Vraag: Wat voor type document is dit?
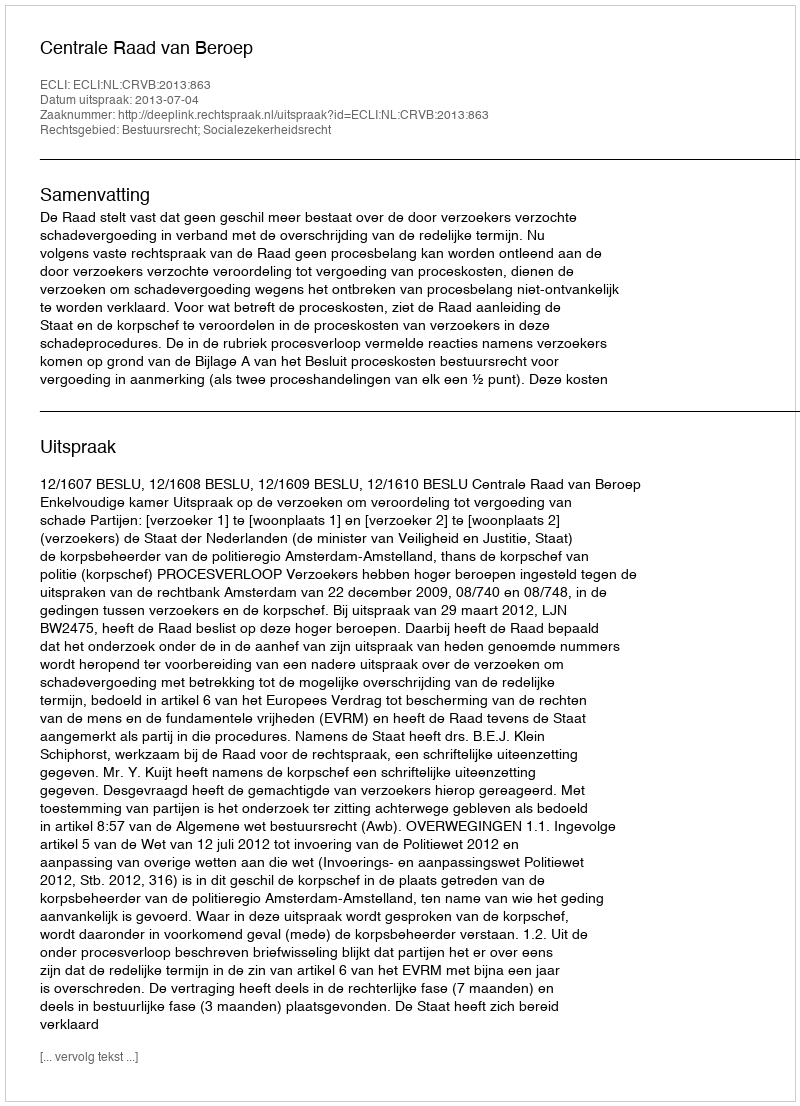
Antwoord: Uitspraak